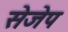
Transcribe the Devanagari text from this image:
सेजेप